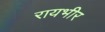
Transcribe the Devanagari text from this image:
रायभीर